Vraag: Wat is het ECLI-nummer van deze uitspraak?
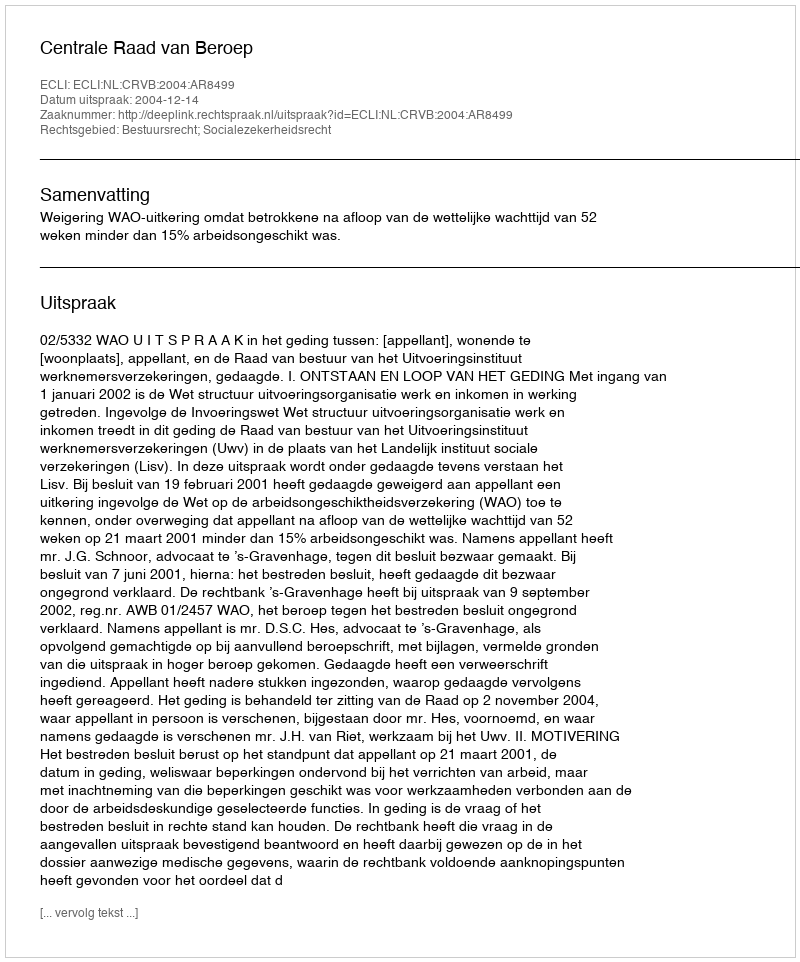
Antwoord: ECLI:NL:CRVB:2004:AR8499